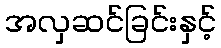
အလှဆင်ခြင်းနှင့်